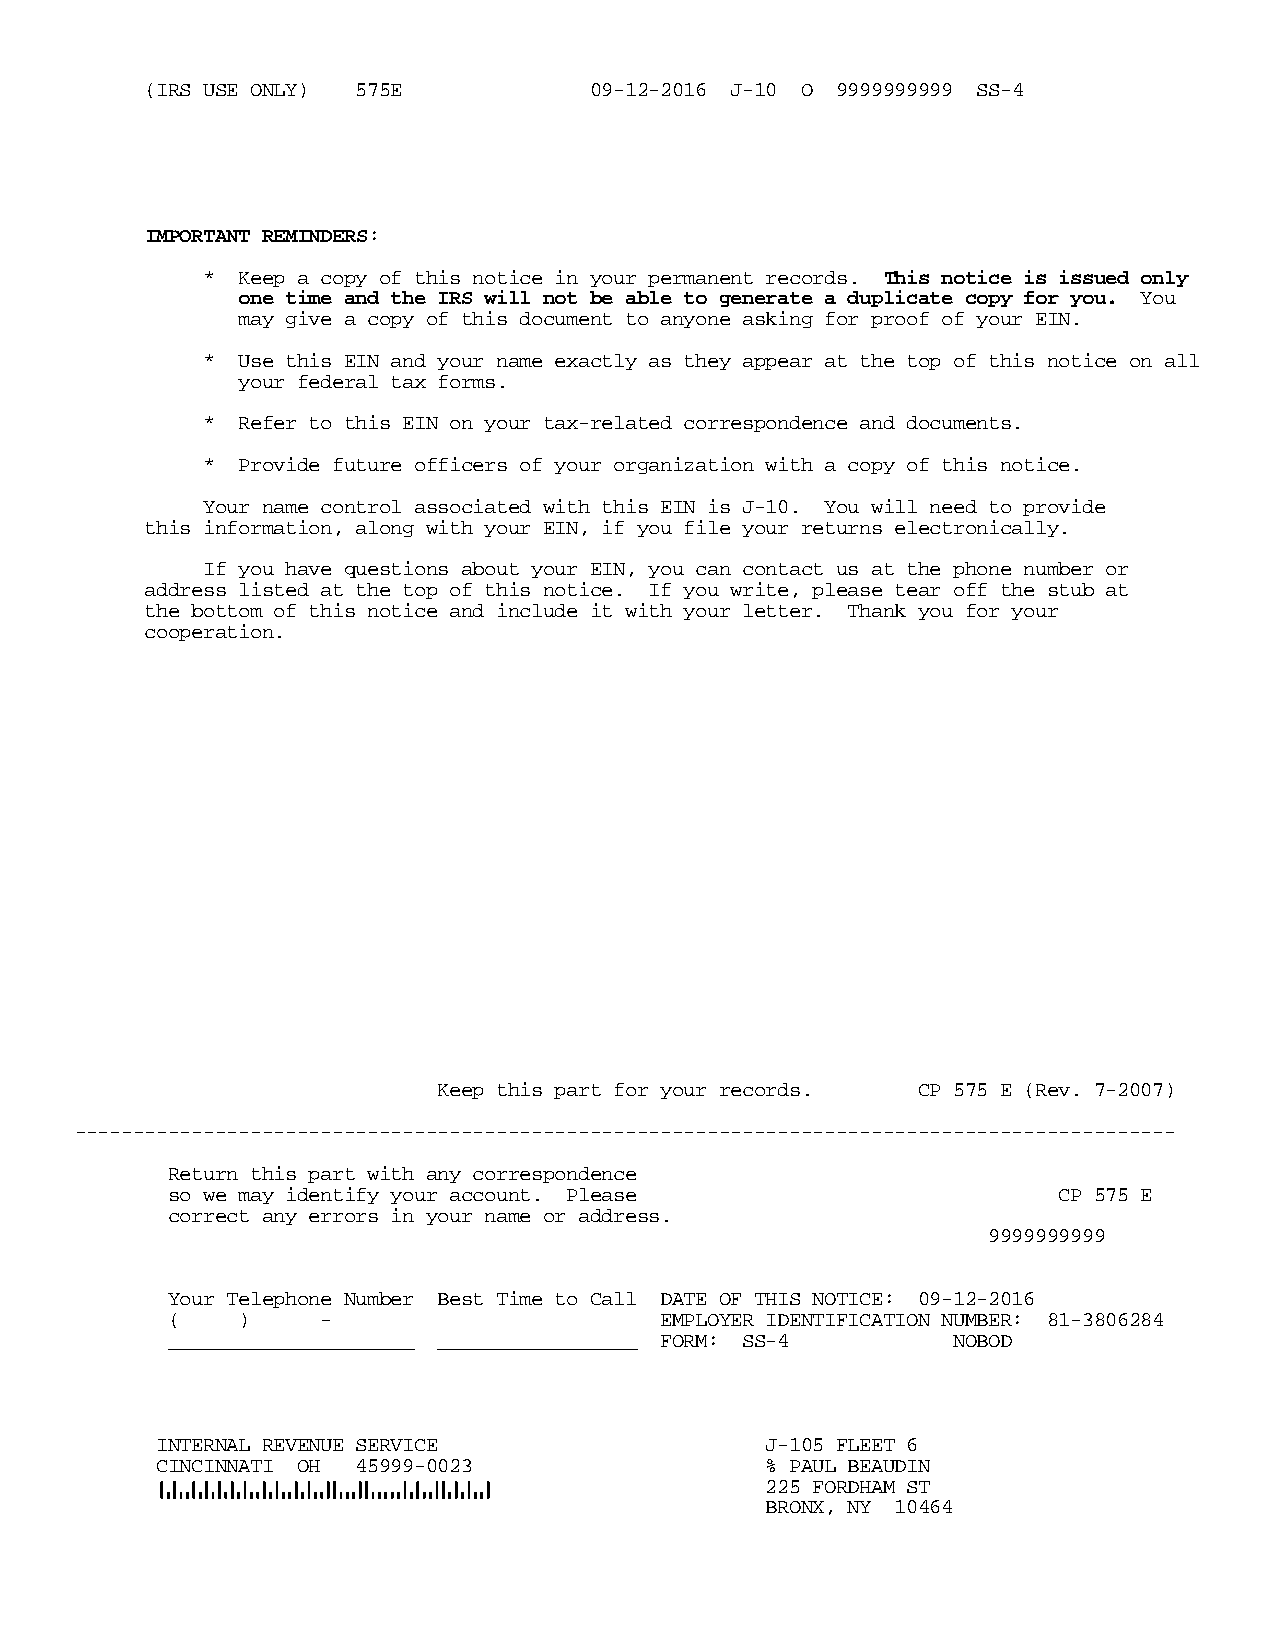
(IRS USE ONLY) 575E          09-12-2016 J-10 O 9999999999 SS-4
 IMPORTANT REMINDERS:
 * Keep a copy of this notice in your permanent records. This notice is issued only
 one time and the IRS will not be able to generate a duplicate copy for you. You
 may give a copy of this document to anyone asking for proof of your EIN.
 * Use this EIN and your name exactly as they appear at the top of this notice on all
 your federal tax forms.
 * Refer to this EIN on your tax-related correspondence and documents.
 * Provide future officers of your organization with a copy of this notice.
 Your name control associated with this EIN is J-10. You will need to provide
 this information, along with your EIN, if you file your returns electronically.
 If you have questions about your EIN, you can contact us at the phone number or
 address listed at the top of this notice. If you write, please tear off the stub at
 the bottom of this notice and include it with your letter. Thank you for your
 cooperation.
 Keep this part for your records. CP 575 E (Rev. 7-2007)
 ----------------------------------------------------------------------------------------------
 Return this part with any correspondence
 so we may identify your account. Please                    CP 575 E
 correct any errors in your name or address.
 9999999999
 Your Telephone Number Best Time to Call DATE OF THIS NOTICE: 09-12-2016
 (    )    -                      EMPLOYER IDENTIFICATION NUMBER: 81-3806284
 _____________________ _________________ FORM: SS-4  NOBOD
 INTERNAL REVENUE SERVICE                 J-105 FLEET 6
 CINCINNATI OH 45999-0023                 % PAUL BEAUDIN
 225 FORDHAM ST
 BRONX, NY 10464